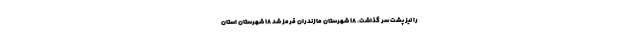
را نیز پشت سر گذاشت. ۱۸ شهرستان مازندران قرمز شد ۱۸ شهرستان استان